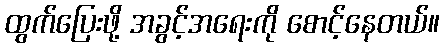
ထွက်ပြေးဖို့ အခွင့်အရေးကို စောင့်နေတယ်။